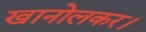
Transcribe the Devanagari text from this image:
खानोलकर।